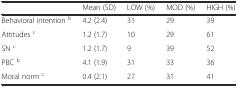
<table><thead><tr><td></td><td><b>Mean (SD)</b></td><td><b>LOW (%)</b></td><td><b>MOD (%)</b></td><td><b>HIGH (%)</b></td></tr></thead><tbody><tr><td>Behavioral intention <sup>b</sup></td><td>4.2 (2.4)</td><td>31</td><td>29</td><td>39</td></tr><tr><td>Attitudes <sup>c</sup></td><td>1.2 (1.7)</td><td>10</td><td>29</td><td>61</td></tr><tr><td>SN <sup>c</sup></td><td>1.2 (1.7)</td><td>9</td><td>39</td><td>52</td></tr><tr><td>PBC <sup>b</sup></td><td>4.1 (1.9)</td><td>31</td><td>33</td><td>36</td></tr><tr><td>Moral norm <sup>c</sup></td><td>0.4 (2.1)</td><td>27</td><td>31</td><td>41</td></tr></tbody></table>